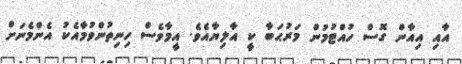
އާއި އިއާން ގޮސް ހުއްޓުމުން މަރުޙަބާ ކީ އާލިޔާއެވެ. އީމާވެސް ހިނިތުންވުމާއެކު އެންމެނަށް